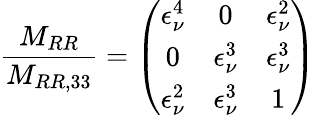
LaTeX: \frac{M_{RR}}{M_{RR,33}}=\left(\begin{array}{ccc}{{\epsilon_{\nu}^{4}}}&{{0}}&{{\epsilon_{\nu}^{2}}}\\ {{0}}&{{\epsilon_{\nu}^{3}}}&{{\epsilon_{\nu}^{3}}}\\ {{\epsilon_{\nu}^{2}}}&{{\epsilon_{\nu}^{3}}}&{{1}}\end{array}\right)